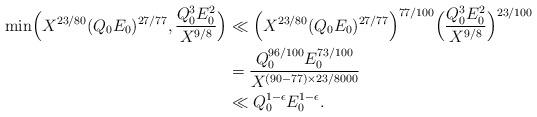
LaTeX: \begin{align*}\min\Bigl(X^{23/80}(Q_0E_0)^{27/77},\frac{Q_0^3E_0^2}{X^{9/8}}\Bigr)&\ll \Bigl(X^{23/80}(Q_0E_0)^{27/77}\Bigr)^{77/100}\Bigl(\frac{Q_0^3E_0^2}{X^{9/8}}\Bigr)^{23/100}\\&=\frac{Q_0^{96/100}E_0^{73/100}}{X^{(90-77)\times 23/8000}}\\&\ll Q_0^{1-\epsilon}E_0^{1-\epsilon}.\end{align*}